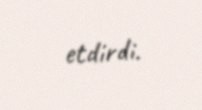
etdirdi.